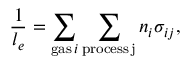
\frac { 1 } { l _ { e } } = \sum _ { \mathrm { g a s } \, i } \sum _ { \mathrm { p r o c e s s \, j } } n _ { i } \sigma _ { i j } ,